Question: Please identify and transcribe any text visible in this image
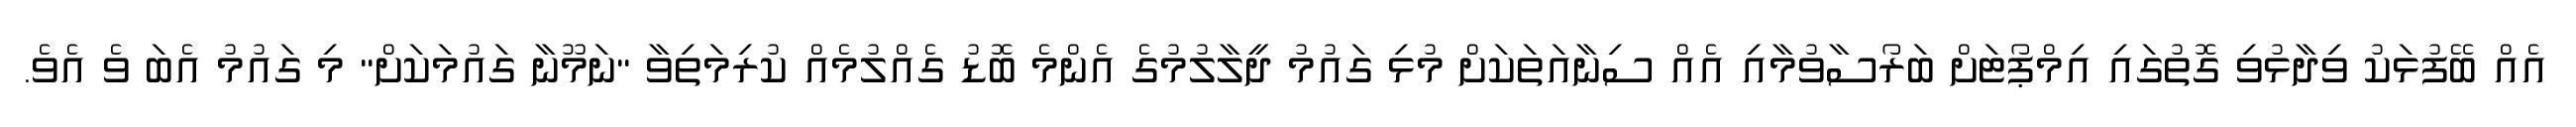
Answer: އެއް ބޭފުޅަކު ވިދާޅުވި ގޮތުގައި އިމްޕޯޓަށް ބަރޯސާވުމާއި އެއް ސިނާއަތަކަށް މުޅި ގައުމު ދީލާލުމުގެ އެންމެ ބޮޑު ގެއްލުމެއް ކުރިމަތިވާ "ނަމޫނާ ގައުމަކަށް" މި ގައުމު އެބަ ވެ އެވެ.